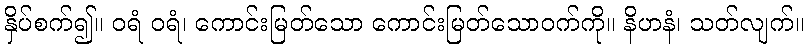
နှိပ်စက်၍။ ဝရံ ဝရံ၊ ကောင်းမြတ်သော ကောင်းမြတ်သောဝက်ကို။ နိဟနံ၊ သတ်လျက်။